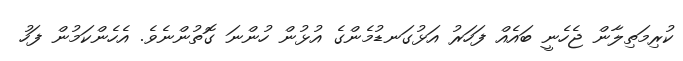
ކުރިމަތިލާން ޖެހެނީ ބައެއް ފަހަރު އަޅުގަނޑުމެންގެ އުޅުން ހުންނަ ގޮތުންނެވެ. އެހެންކަމުން ފަހު